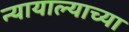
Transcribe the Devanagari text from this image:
न्यायाल्याच्या